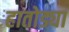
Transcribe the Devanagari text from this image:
हातोड्या